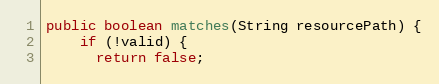
Language: Java
public boolean matches(String resourcePath) {
    if (!valid) {
      return false;